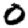
Digit: 0